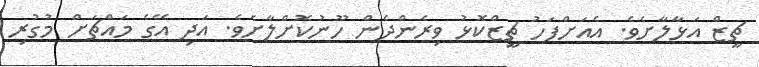
ޗީޒް އަޅާލާށެވެ. އެއަށްފަހު ޗީޒްކޮޅު ވިރެންދެން ހޫނުކޮށްލާށެވެ. އަދި އޭގެ މައްޗަށް މުގުރި